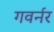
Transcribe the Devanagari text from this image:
गवर्नर